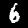
Digit: 6